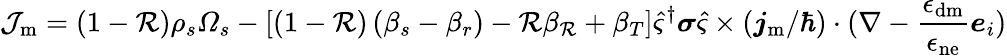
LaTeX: \mathcal{J}_{\mathrm{m}}=\left(1-\mathcal{R}\right)\rho_{s}\varOmega_{s}-\left[\left(1-\mathcal{R}\right)\left(\beta_{s}-\beta_{r}\right)-\mathcal{R}\beta_{\mathcal{R}}+\beta_{T}\right]\hat{\varsigma}^{\dagger}\boldsymbol{\sigma}\hat{\varsigma}\times({\boldsymbol{j}_{\mathrm{m}}}/{\hbar})\cdot(\nabla-\frac{\epsilon_{\mathrm{dm}}}{\epsilon_{\mathrm{ne}}}\boldsymbol{e}_{i})